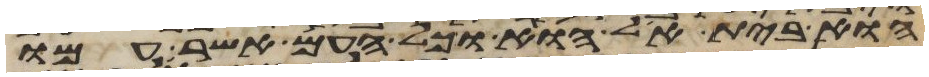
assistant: הוא בית אל הוא וכל העם אשר עמו